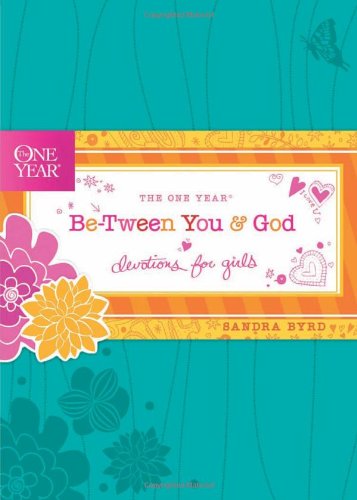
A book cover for The One Year Be-Tween You and God: Devotions for Girls (One Year Book); Sandra Byrd; Christian Books & Bibles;